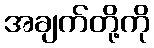
အချက်တို့ကို